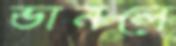
ভানলে